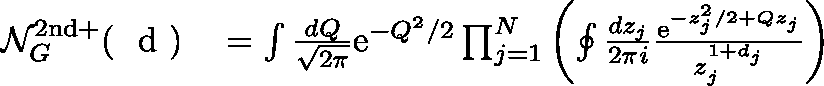
\begin{array} { r l } { \mathcal { N } _ { G } ^ { \mathrm { 2 n d + } } ( \mathrm { ~ \boldmath ~ d ~ } ) } & { { } = \int \frac { d Q } { \sqrt { 2 \pi } } \mathrm { e } ^ { - Q ^ { 2 } / 2 } \prod _ { j = 1 } ^ { N } \left( \oint \frac { d z _ { j } } { 2 \pi i } \frac { \mathrm { e } ^ { - z _ { j } ^ { 2 } / 2 + Q z _ { j } } } { z _ { j } ^ { 1 + d _ { j } } } \right) } \end{array}